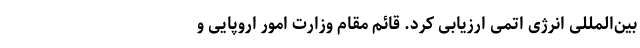
بین‌المللی انرژی اتمی ارزیابی کرد. قائم مقام وزارت امور اروپایی و